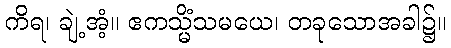
ကိရ၊ ချဲ့အံ့။ ဧကသ္မိံသမယေ၊ တခုသောအခါ၌။